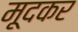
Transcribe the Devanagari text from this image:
मूदकर